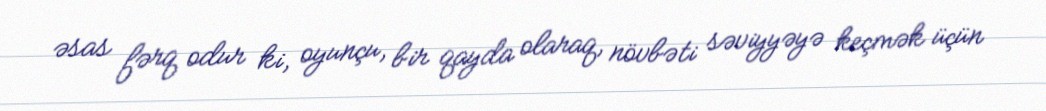
əsas fərq odur ki, oyunçu, bir qayda olaraq, növbəti səviyyəyə keçmək üçün